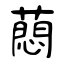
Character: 蕄